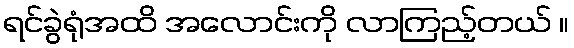
ရင်ခွဲရုံအထိ အလောင်းကို လာကြည့်တယ် ။